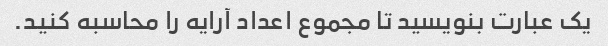
یک عبارت بنویسید تا مجموع اعداد آرایه را محاسبه کنید.